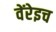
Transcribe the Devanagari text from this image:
वेंरेइच